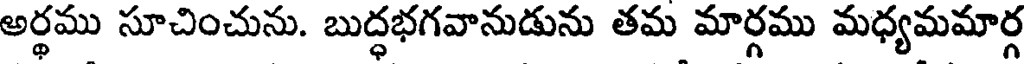
అర్థము సూచించును. బుద్ధభగవానుడును తమ మార్గము మధ్యమమార్గ